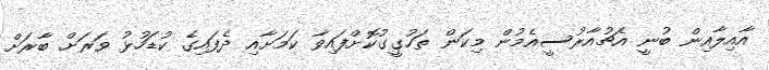
އާއިލާއިން ބުނީ އެޗުއާރުސީއެމުން މިކަން ތަހުގީގުކޮށްފައިވާ ކަމަށާއި ދެފައިގެ ކުޑަހުޅު ވަރަށް ބާރަށް